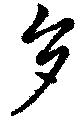
多